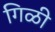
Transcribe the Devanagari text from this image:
गिळी